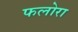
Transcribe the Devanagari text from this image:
फलोरा